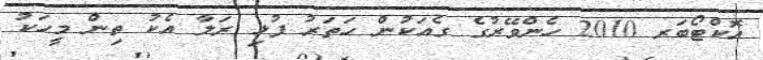
އޮކްޓޯބަރ 2010 ހެންވޭރުގެ ގެއަކުން ހަތަރު ފުޅި ރަލާ އެކު ތިން މީހަކު